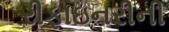
રીફાઇનરીની